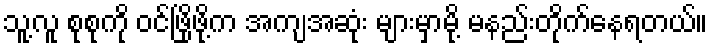
သူ့လူ စုစုကို ဝင်ဖြိုဖို့က အကျအဆုံး များမှာမို့ မနည်းတိုက်နေရတယ်။